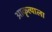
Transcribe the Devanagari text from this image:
आकृत्याला